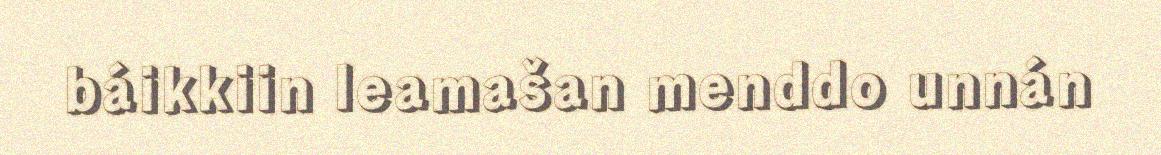
báikkiin leamašan menddo unnán